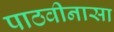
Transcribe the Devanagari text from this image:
पाठवीनासा